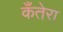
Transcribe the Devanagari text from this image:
कँतेरा